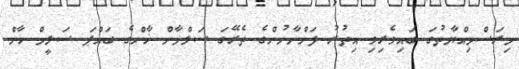
މިރަސްމިއްޔާތުގަ ބައިވެރިވި އިތުރު ފަންނާނުންގެ ތެރޭގަ ސަލްމާން ޚާންގެ ބައްޕަ ސަލީމް ޚާން